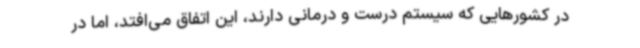
در کشورهایی که سیستم درست و درمانی دارند، این اتفاق می‌افتد، اما در